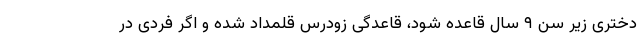
دختری زیر سن ۹ سال قاعده شود، قاعدگی زودرس قلمداد شده و اگر فردی در